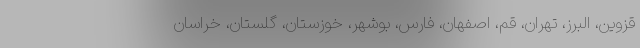
قزوین، البرز، تهران، قم، اصفهان، فارس، بوشهر، خوزستان، گلستان، خراسان